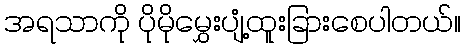
အရသာကို ပိုမိုမွှေးပျံ့ထူးခြားစေပါတယ်။